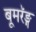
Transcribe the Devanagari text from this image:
बूमरॅङ्ग